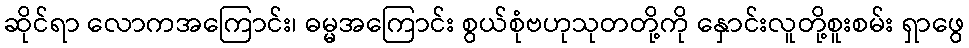
ဆိုင်ရာ လောကအကြောင်း၊ ဓမ္မအကြောင်း စွယ်စုံဗဟုသုတတို့ကို နှောင်းလူတို့စူးစမ်း ရှာဖွေ